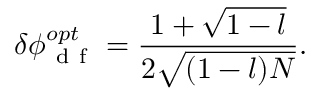
\delta \phi _ { \mathrm { ~ d ~ f ~ } } ^ { o p t } = \frac { 1 + \sqrt { 1 - l } } { 2 \sqrt { ( 1 - l ) N } } .